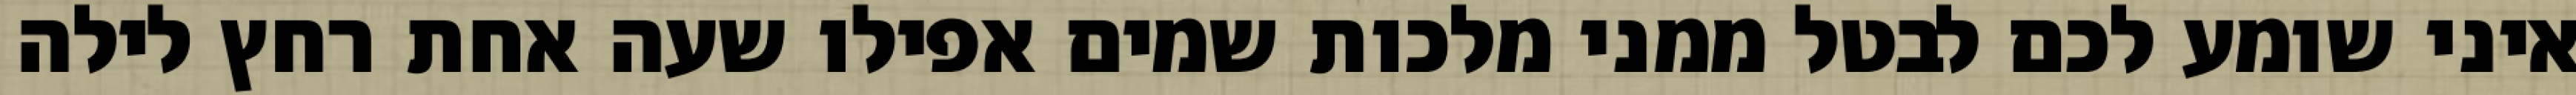
איני שומע לכם לבטל ממני מלכות שמים אפילו שעה אחת רחץ לילה